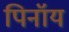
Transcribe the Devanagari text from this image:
पिनॉय